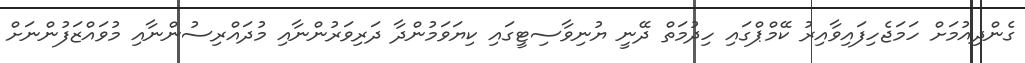
ގެންދިއުމަށް ހަމަޖެހިފައިވާއިރު ކޭމްޕްގައި ހިދުމަތް ދޭނީ ޔުނިވާސިޓީގައި ކިޔަވަމުންދާ ދަރިވަރުންނާއި މުދައްރިސުންނާއި މުވައްޒަފުންނަށް